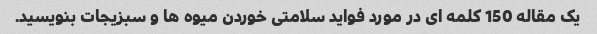
یک مقاله 150 کلمه ای در مورد فواید سلامتی خوردن میوه ها و سبزیجات بنویسید.